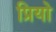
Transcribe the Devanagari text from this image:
प्रियो